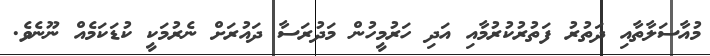
މުއާސަލާތާއި ދަތުރު ފަތުރުކުރުމާއި އަދި ހަރުމީހުން މަދުރަސާ ދައުރަށް ނެރުމަކީ ކުޑަކަމެއް ނޫނެވެ.